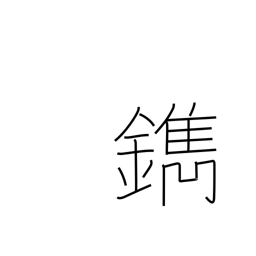
Meaning: engrave